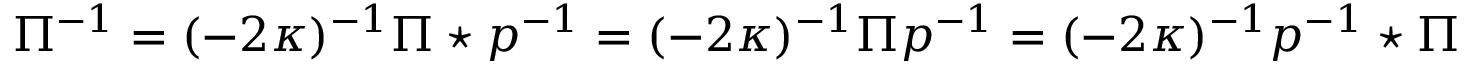
\Pi ^ { - 1 } = ( - 2 \kappa ) ^ { - 1 } \Pi \star p ^ { - 1 } = ( - 2 \kappa ) ^ { - 1 } \Pi p ^ { - 1 } = ( - 2 \kappa ) ^ { - 1 } p ^ { - 1 } \star \Pi